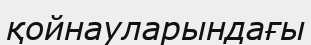
қойнауларындағы